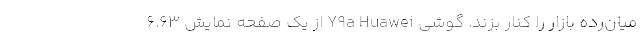
میان‌رده بازار را کنار بزند. گوشی Y9a Huawei از یک صفحه نمایش 6.63